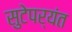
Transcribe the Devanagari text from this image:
सुटेपर्यंत